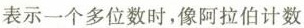
表示一个多位数时，像阿拉伯计数